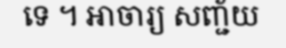
ទេ ។ អាចារ្យ សញ្ជ័យ